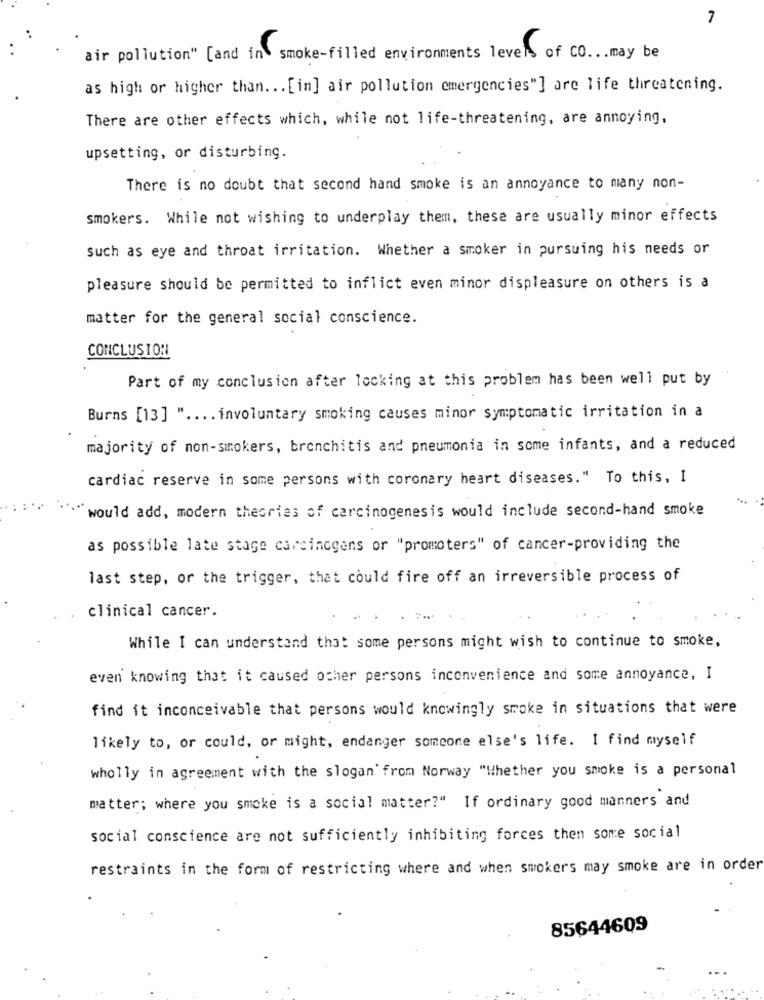
7
air pollution" [and in smoke-filled environments levels of CO .. . may be
as high or higher than. .. [in] air pollution emergencies"] are life threatening.
There are other effects which, while not life-threatening, are annoying.
upsetting, or disturbing.
There is no doubt that second hand smoke is an annoyance to many non-
smokers. While not wishing to underplay them, these are usually minor effects
such as eye and throat irritation. Whether a smoker in pursuing his needs or
pleasure should be permitted to inflict even minor displeasure on others is a
matter for the general social conscience.
CONCLUSION
Part of my conclusion after locking at this problem has been well put by
Burns [13] " .... involuntary smoking causes minor symptomatic irritation in a
majority of non-smokers, bronchitis and pneumonia in some infants, and a reduced
cardiac reserve in some persons with coronary heart diseases." To this, I
would add, modern theories of carcinogenesis would include second-hand smoke
as possible late stage carcinogens or "promoters" of cancer-providing the
last step, or the trigger, that could fire off an irreversible process of
clinical cancer.
While I can understand that some persons might wish to continue to smoke,
even knowing that it caused other persons inconvenience and some annoyance, I
find it inconceivable that persons would knowingly smoke in situations that were
likely to, or could, or might, endanger someone else's life. I find myself
wholly in agreement with the slogan from Norway "Whether you smoke is a personal
matter; where you smoke is a social matter?" If ordinary good manners and
social conscience are not sufficiently inhibiting forces then some social
restraints in the form of restricting where and when smokers may smoke are in order
85644609